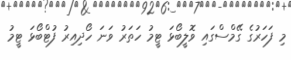
މި ފަހަރުގެ ގޭމްސްގައި ވޮލީބޯޅަ ޓީމު ހަތަރު ވަނަ ހޯދިއިރު ފުޓްބޯޅަ ޓީމު